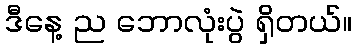
ဒီနေ့ ည ဘောလုံးပွဲ ရှိတယ်။